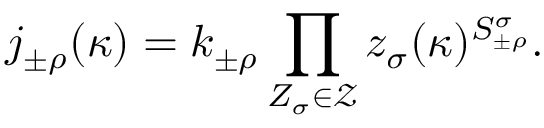
j _ { \pm \rho } ^ { \mathrm { ~ \, ~ } } ( \kappa ) = k _ { \pm \rho } \prod _ { Z _ { \sigma } \in \mathcal { Z } } { z } _ { \sigma } ( \kappa ) ^ { { S } _ { \pm \rho } ^ { \sigma } } .